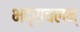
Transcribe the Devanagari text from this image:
भद्राचलम्‌